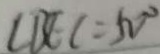
\angle B E C = 5 0 ^ { \circ }